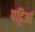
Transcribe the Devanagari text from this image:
पट्टिआं